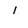
Character: 1